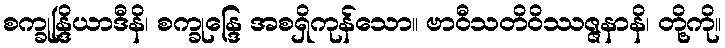
စက္ခုန္ဒြိယာဒီနိ၊ စက္ခုန္ဒြေ အစရှိကုန်သော။ ဗာဝီသတိဝိဿဇ္ဇနာနိ၊ တို့ကို။